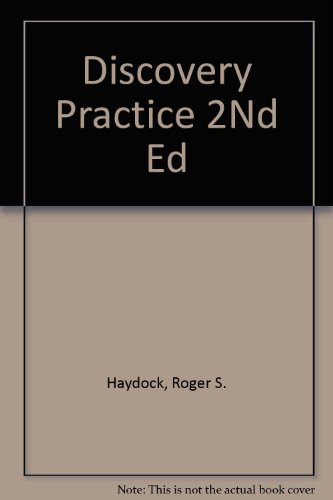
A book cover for Discovery Practice; Roger S. Haydock; Law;